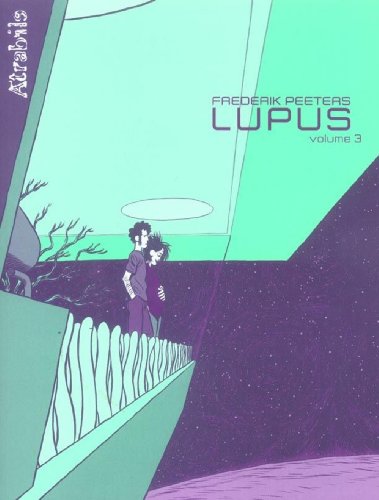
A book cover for Lupus, Tome 3 (French Edition); Frederik Peeters; Health, Fitness & Dieting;